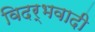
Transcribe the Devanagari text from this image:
विदर्भवादी